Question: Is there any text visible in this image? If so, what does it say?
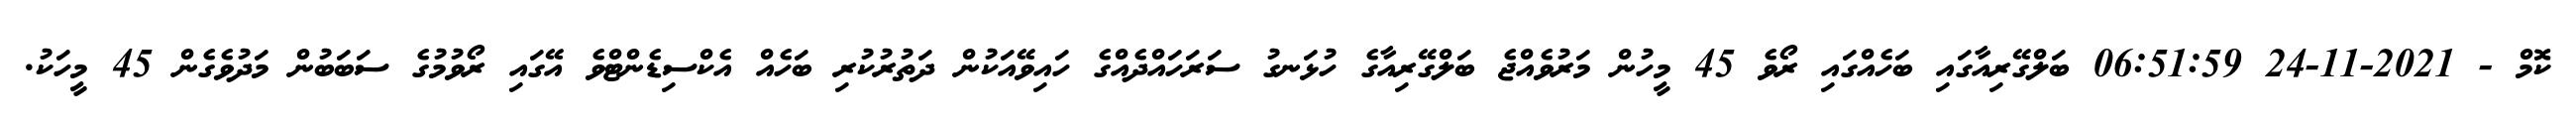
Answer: ކޮމް - 2021-11-24 06:51:59 ބަލްގޭރިއާގައި ބަހެއްގައި ރޯވެ 45 މީހުން މަރުވެއްޖެ ބަލްގޭރިއާގެ ހުޅަނގު ސަރަހައްދެއްގެ ހައިވޭއަކުން ދަތުރުކުރި ބަހެއް އެކްސިޑެންޓްވެ އޭގައި ރޯވުމުގެ ސަބަބުން މަދުވެގެން 45 މީހަކު.